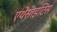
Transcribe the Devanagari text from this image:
एंथेसाइटिस